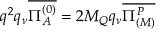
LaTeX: q ^ { 2 } q _ { \nu } \overline { { { \Pi _ { A } ^ { ( 0 ) } } } } = 2 M _ { Q } q _ { \nu } \overline { { { \Pi _ { ( M ) } ^ { P } } } }